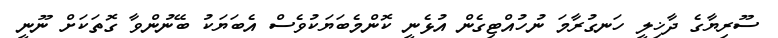
ސޫރިޔާގެ ދާޚިލީ ހަނގުރާމަ ނުހުއްޓިގެން އުޅެނީ ކޮންމެބަޔަކުވެސް އެބަޔަކު ބޭނުންވާ ގޮތަކަށް ނޫނީ